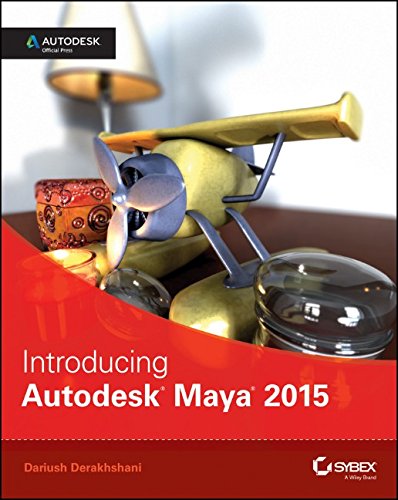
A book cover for Introducing Autodesk Maya 2015: Autodesk Official Press; Dariush Derakhshani; Computers & Technology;